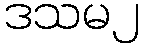
ဒသမ၂